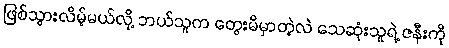
ဖြစ်သွားလိမ့်မယ်လို့ ဘယ်သူက တွေးမိမှာတဲ့လဲ သေဆုံးသူရဲ့ ဇနီးကို